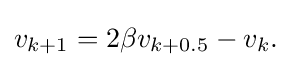
v_{k+1}=2\beta v_{k+0.5}-v_{k}.\,\!